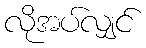
လိုအပ်လျှင်